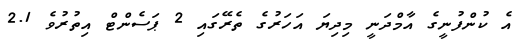
އެ ކުންފުނީގެ އާމްދަނީ މިދިޔަ އަހަރުގެ ތެރޭގައި 2 ޕަސެންޓް އިތުރުވެ 2.1